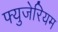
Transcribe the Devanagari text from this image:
फ्युजेरियम